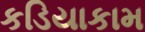
કડિયાકામ